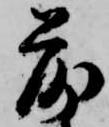
落